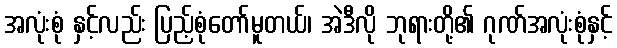
အလုံးစုံ နှင့်လည်း ပြည့်စုံတော်မူတယ်၊ အဲဒီလို ဘုရားတို့၏ ဂုဏ်အလုံးစုံနှင့်